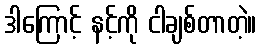
ဒါကြောင့် နင့်ကို ငါချစ်တာတဲ့။